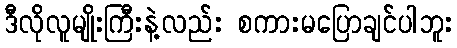
ဒီလိုလူမျိုးကြီးနဲ့လည်း စကားမပြောချင်ပါဘူး